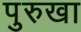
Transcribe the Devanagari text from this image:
पुरुखा